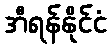
အီရန်နိုင်ငံ